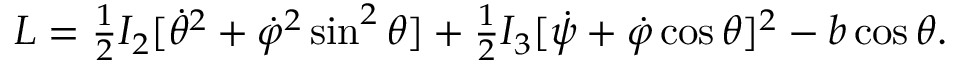
\begin{array} { r } { L = \frac 1 2 I _ { 2 } [ \dot { \theta } ^ { 2 } + \dot { \varphi } ^ { 2 } \sin ^ { 2 } \theta ] + \frac 1 2 I _ { 3 } [ \dot { \psi } + \dot { \varphi } \cos \theta ] ^ { 2 } - b \cos \theta . } \end{array}